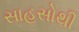
સાહસોથી